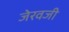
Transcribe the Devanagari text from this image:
जेरवजी